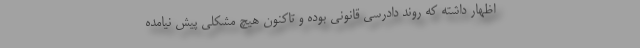
اظهار داشته که روند دادرسی قانونی بوده و تاکنون هیچ مشکلی پیش نیامده